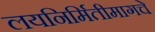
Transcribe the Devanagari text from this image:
लयनिर्मितीमागचे